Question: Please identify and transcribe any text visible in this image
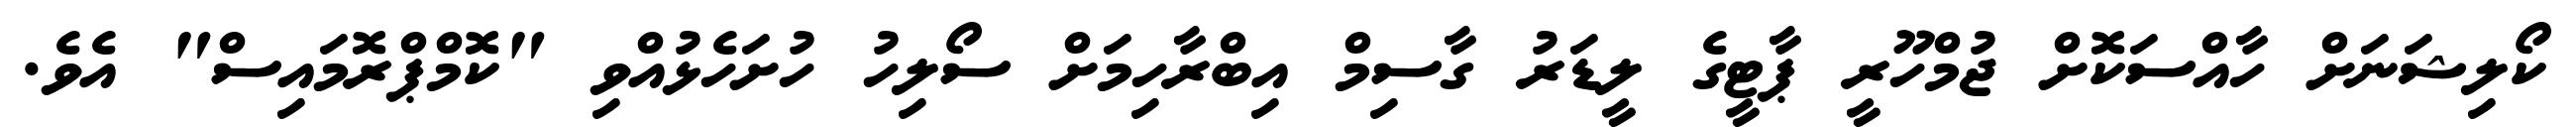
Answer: ކޯލިޝަނަށް ހާއްސަކޮށް ޖުމްހޫރީ ޕާޓީގެ ލީޑަރު ގާސިމް އިބްރާހިމަށް ސޯލިހު ހުށަހެޅުއްވި "ކޮމްޕްރޮމައިސް" އެވެ.